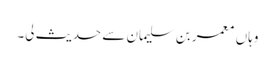
وہاں معمر بن سلیمان سے حدیث لی۔